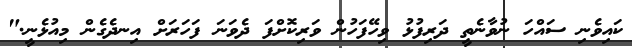
ކައިވެނި ސައްހަ ނުވާނެތީ ދަރިފުޅު ވިހޭފަހުން ވަރިކޮށްފަ ދެވަނަ ފަހަރަށް އިނދެގެން މިއުޅެނީ."